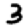
Digit: 3